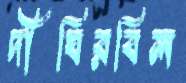
দীঘিরবিল